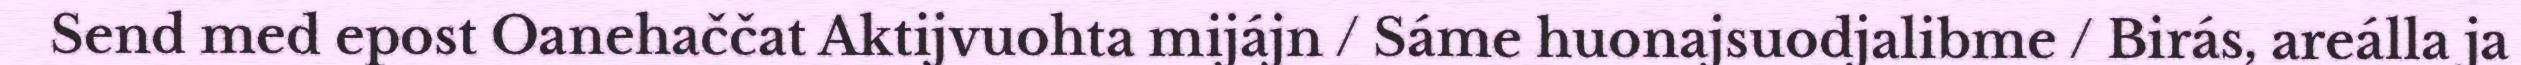
Send med epost Oanehaččat Aktijvuohta mijájn / Sáme huonajsuodjalibme / Birás, areálla ja